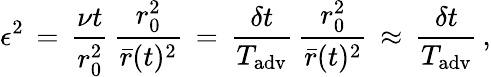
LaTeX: \epsilon^{2}\, =\, \frac{\nu t}{r_{0}^{2}}\, \frac{r_{0}^{2}}{\bar{r}(t)^{2}}\, =\, \frac{\delta t}{T_{\mathrm{adv}}}\, \frac{r_{0}^{2}}{\bar{r}(t)^{2}}\, \approx\, \frac{\delta t}{T_{\mathrm{adv}}}\, ,